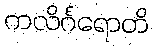
ကလိင်္ဂရောတိ